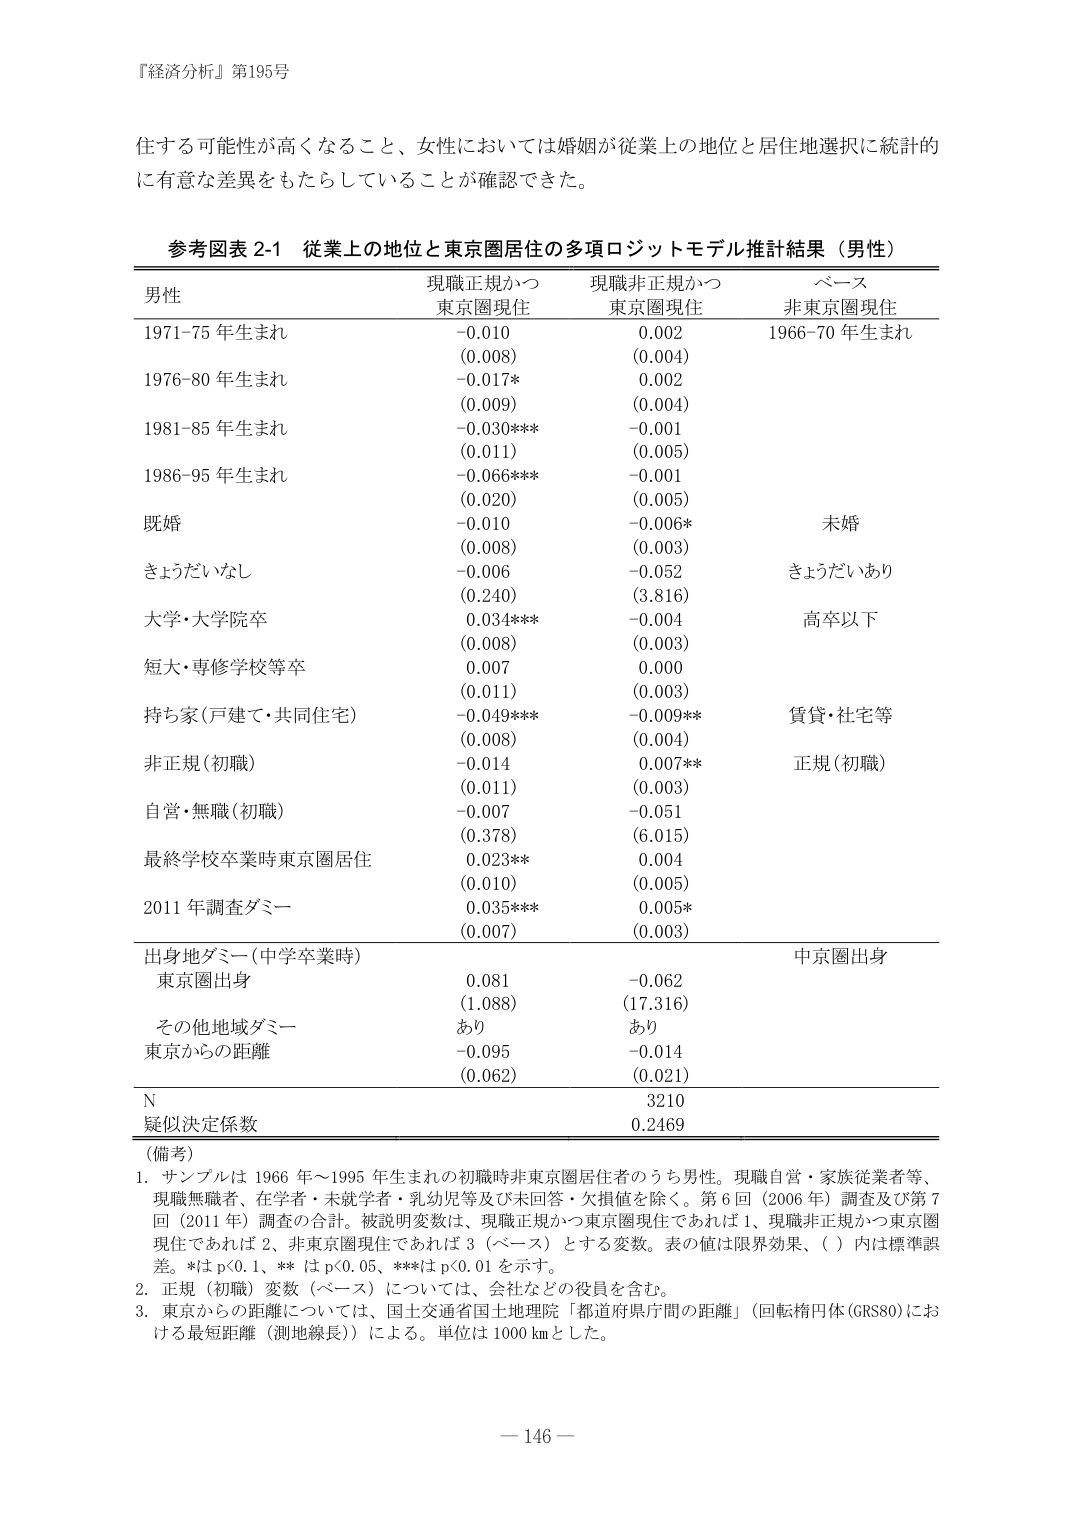
『経済分析』第195号

住する可能性が高くなること、女性においては婚姻が従業上の地位と居住地選択に統計的に有意な差異をもたらしていることが確認できた。

参考図表 2-1 従業上の地位と東京圏居住の多項ロジットモデル推計結果（男性）

男性 現職正規かつ 東京圏現住 現職非正規かつ 東京圏現住 ベース 非東京圏現住

1971-75 年生まれ -0.010 0.002 1966-70 年生まれ
(0.008) (0.004)

1976-80 年生まれ -0.017* 0.002
(0.009) (0.004)

1981-85 年生まれ -0.030*** -0.001
(0.011) (0.005)

1986-95 年生まれ -0.066*** -0.001
(0.020) (0.005)

既婚 -0.010 -0.006* 未婚
(0.008) (0.003)

きょうだいなし -0.006 -0.052 きょうだいあり
(0.240) (3.816)

大学・大学院卒 0.034*** -0.004 高卒以下
(0.008) (0.003)

短大・専修学校等卒 0.007 0.000
(0.011) (0.003)

持ち家（戸建て・共同住宅） -0.049*** -0.009*** 賃貸・住宅等
(0.008) (0.004)

非正規（初職） -0.014 0.007** 正規（初職）
(0.011) (0.003)

自営・無職（初職） -0.007 -0.051
(0.378) (6.015)

最終学校卒業時東京圏居住 0.023** 0.004
(0.010) (0.005)

2011 年調査ダミー 0.035*** 0.005*
(0.007) (0.003)

出身地ダミー（中卒卒業時） 中京圏出身
東京圏出身 0.081 -0.062
(1.088) (17.316)

その他地域ダミー あり あり

東京からの距離 -0.095 -0.014
(0.062) (0.021)

N 3210

疑似決定係数 0.2469

（備考）
1. サンプルは 1966 年～1995 年生まれの初職時非東京圏居住者のうち男性。現職自営・家族従業者等、現職無職者、在学者・未就学者・乳幼児等及び未回答・欠損値を除く。第 6 回（2006 年）調査及び第 7 回（2011 年）調査の合計。被説明変数は、現職正規かつ東京圏現住であれば 1、現職非正規かつ東京圏現住であれば 2、非東京圏現住であれば 3（ベース）とする変数。表の値は限界効果、（ ）内は標準誤差。*は p<0.1、** は p<0.05、***は p<0.01 を示す。
2. 正規（初職）変数（ベース）については、会社などの役員を含む。
3. 東京からの距離については、国土交通省国土地理院「都道府県庁間の距離」（回転楕円体(GRS80)における最短距離（測地線長））による。単位は 1000 km とした。

－ 146 －